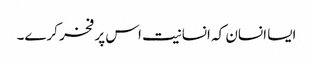
ایسا انسان کہ انسانیت اس پر فخر کرے۔